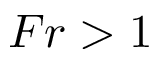
F r > 1